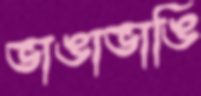
ভাঙাভাঙি